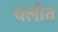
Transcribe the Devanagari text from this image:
चलीत